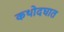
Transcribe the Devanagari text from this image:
कथोदघात